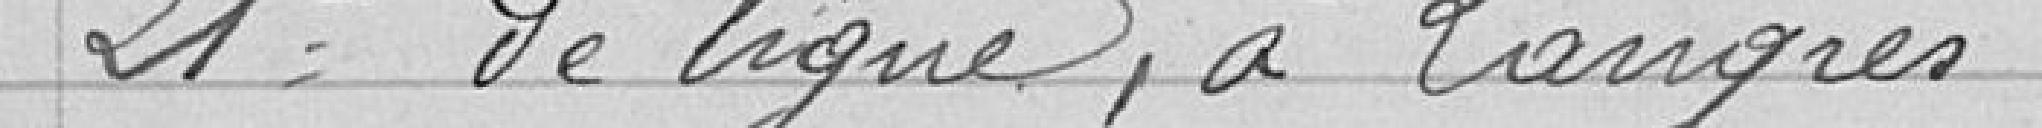
21e de ligne, à Langres.